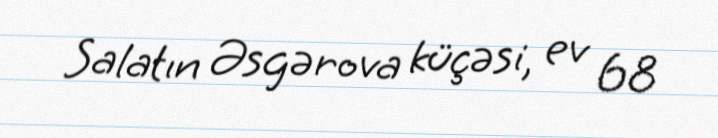
Salatın Əsgərova küçəsi, ev 68